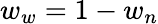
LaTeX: w_{w}=1-w_{n}